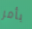
بأمر